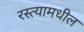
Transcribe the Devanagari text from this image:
रस्त्यामधील